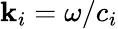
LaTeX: \mathbf{k}_{i}=\omega/c_{i}